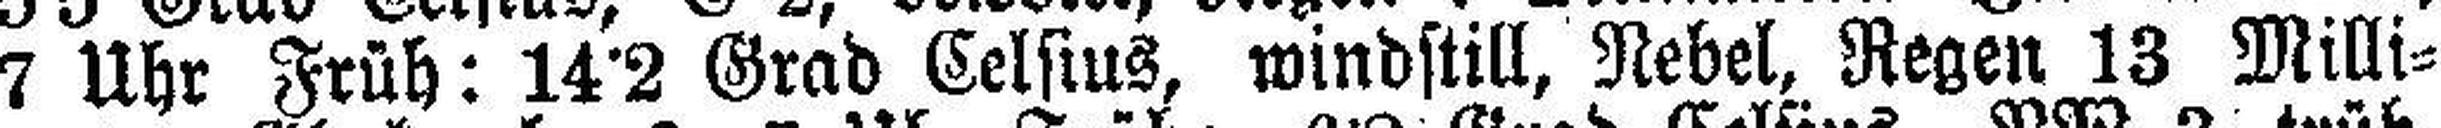
7 Uhr Früh: 14•2 Grad Celsius, windstill, Nebel, Regen 13 Milli¬